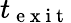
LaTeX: t_{\mathrm{~e~x~i~t~}}